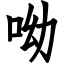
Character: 呦